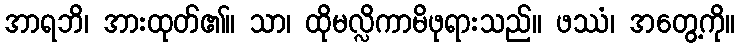
အာရဘိ၊ အားထုတ်၏။ သာ၊ ထိုမလ္လိကာမိဖုရားသည်။ ဖဿံ၊ အတွေ့ကို။